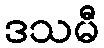
ဒသမီ